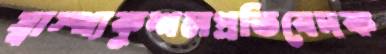
স্বাস্থ্যকুশলপ্রতিবেদক